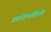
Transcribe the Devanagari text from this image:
उत्तरीपश्चिमी